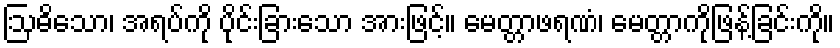
ဩဓိသော၊ အရပ်ကို ပိုင်းခြားသော အားဖြင့်။ မေတ္တာဖရဏံ၊ မေတ္တာကိုဖြန့်ခြင်းကို။